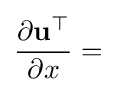
{\frac {\partial \mathbf {u} ^{\top }}{\partial x}}=